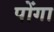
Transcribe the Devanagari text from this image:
पोंगा